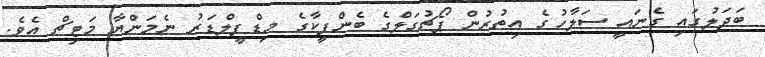
ބަދަލުގައި ގެނައީ ސަލާހުގެ އިތުރުން ޕޯޗުގަލްގެ ބެންފީކާގެ މިޑްފީލްޑަރު ނެމަންޔާ މަޓިޗް އެވެ.